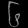
Digit: ၆